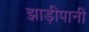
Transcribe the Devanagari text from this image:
झाड़ीपानी